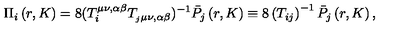
\Pi _ { i } \left( r , K \right) = 8 ( T _ { i } ^ { \mu \nu , \alpha \beta } T _ { _ j \mu \nu , \alpha \beta } ) ^ { - 1 } \bar { P } _ { j } \left( r , K \right) \equiv 8 \left( T _ { i j } \right) ^ { - 1 } \bar { P } _ { j } \left( r , K \right) ,